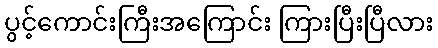
ပွင့်ကောင်းကြီးအကြောင်း ကြားပြီးပြီလား